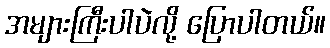
အများကြီးပါပဲလို့ ပြောပါတယ်။